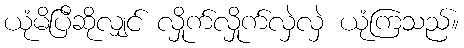
ယုံမိပြီဆိုလျှင် လှိုက်လှိုက်လှဲလှဲ ယုံကြသည်။